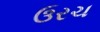
ઉરચ